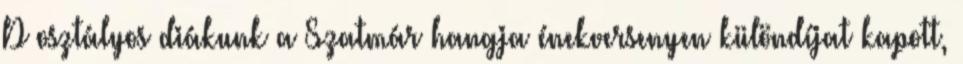
D osztályos diákunk a Szatmár hangja énekversenyen különdíjat kapott,